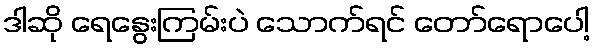
ဒါဆို ရေနွေးကြမ်းပဲ သောက်ရင် တော်ရောပေါ့